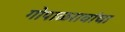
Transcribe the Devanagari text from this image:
गोपाळरावांचा